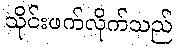
သိုင်းဖက်လိုက်သည်